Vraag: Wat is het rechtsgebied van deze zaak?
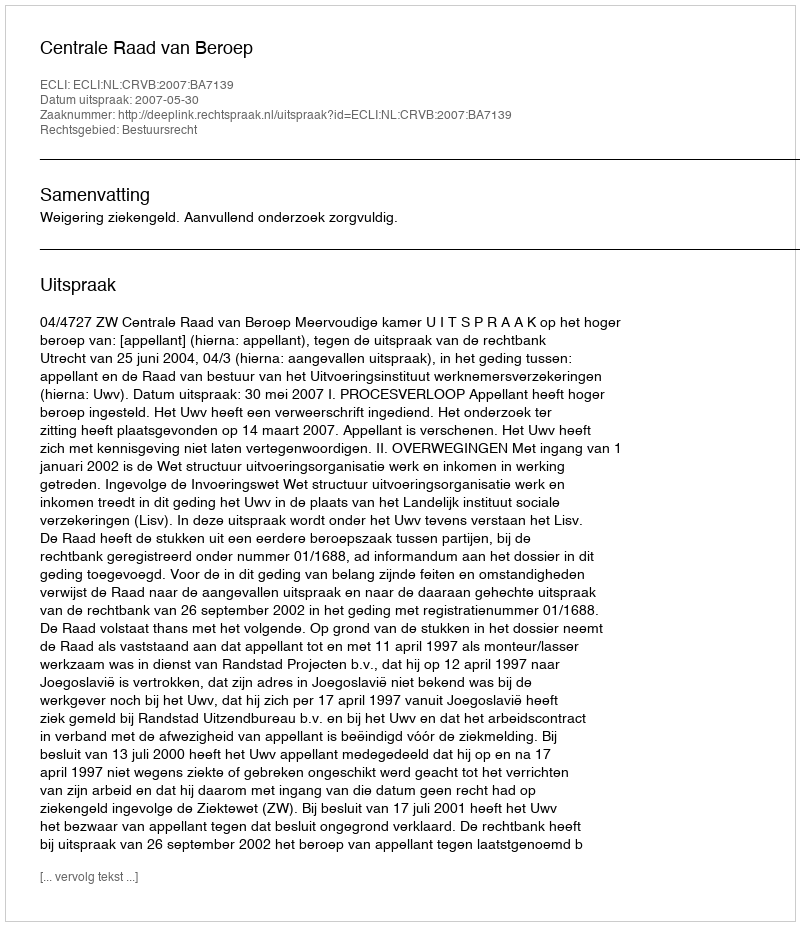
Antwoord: Bestuursrecht